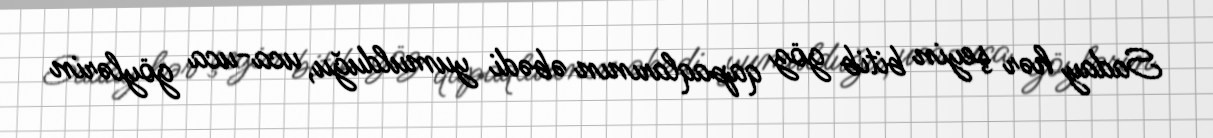
Saday hər şeyin bitib göz qapaqlarının əbədi yumulduğu, uca-uca göylərin